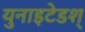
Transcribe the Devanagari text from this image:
युनाइटेडश्